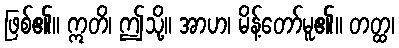
ဖြစ်၏။ ဣတိ၊ ဤသို့။ အာဟ၊ မိန့်တော်မူ၏။ တတ္ထ၊